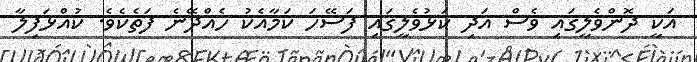
އަކީ ދޮންވެލީގައި ވެސް އަދި ކަޅުވެލީގައި ފަސޭހަ ކަމާއެކު ހެއްދޭނެ ފަތެކެވެ. ކުއްޅަފިލާ